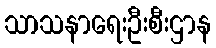
သာသနာရေးဦးစီးဌာန